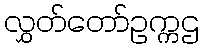
လွှတ်တော်ဥက္ကဌ